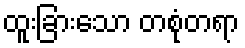
ထူးခြားသော တစုံတရာ